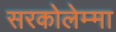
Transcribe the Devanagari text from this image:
सरकोलेम्मा